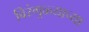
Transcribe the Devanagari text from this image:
विरंगुळ्याच्या